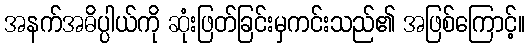
အနက်အဓိပ္ပါယ်ကို ဆုံးဖြတ်ခြင်းမှကင်းသည်၏ အဖြစ်ကြောင့်။